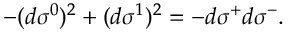
- ( d \sigma ^ { 0 } ) ^ { 2 } + ( d \sigma ^ { 1 } ) ^ { 2 } = - d \sigma ^ { + } d \sigma ^ { - } .